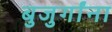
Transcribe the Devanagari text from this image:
बुजुर्गांना